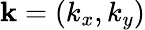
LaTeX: {\mathbf k}=(k_{x},k_{y})